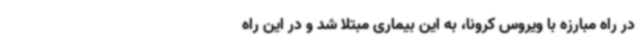
در راه مبارزه با ویروس کرونا، به این بیماری مبتلا شد و در این راه